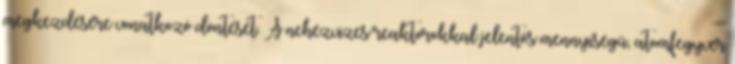
megkezdésére vonatkozó döntését. A nehézvizes reaktorokkal jelentős mennyiségű, atomfegyver